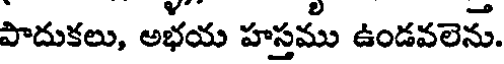
పాదుకలు, అభయ హస్తము ఉండవలెను.